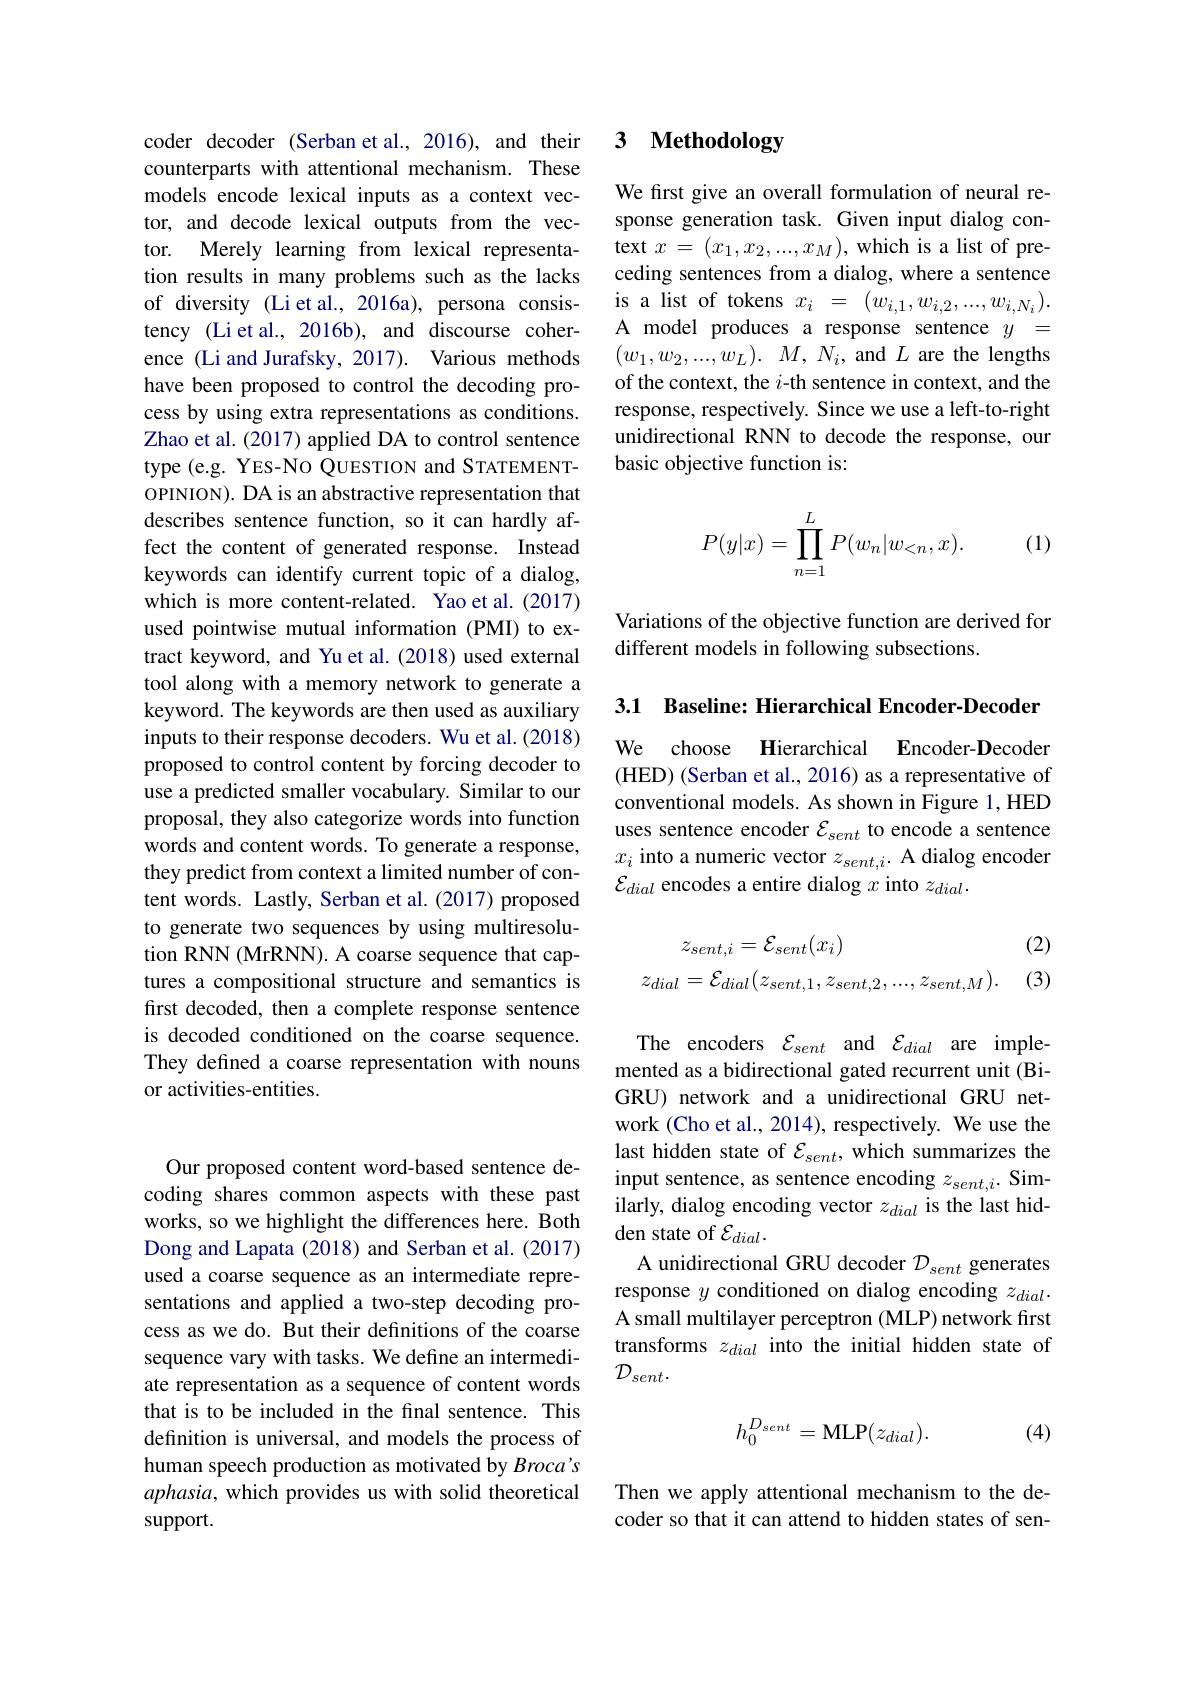
coder decoder (Serban et al., 2016), and their counterparts with attentional mechanism. These models encode lexical inputs as a context vector, and decode lexical outputs from the vector. Merely learning from lexical representation results in many problems such as the lacks of diversity (Liet al., 2016a), persona consistency (Li et al., 2016b), and discourse coherence (Li and Jurafsky, 2017). Various methods have been proposed to control the decoding process by using extra representations as conditions. Zhao et al. (2017) applied DA to control sentence type (e.g. YES-NO QUESTION and STATEMENTOPINION). DA is an abstractive representation that describes sentence function, so it can hardly affect the content of generated response. Instead keywords can identify current topic of a dialog, which is more content-related. Yao et al.(2017) used pointwise mutual information (PMI) to extract keyword, and Yu et al. (2018) used external tool along with a memory network to generate a keyword. The keywords are then used as auxiliary inputs to their response decoders. Wu et al. (2018) proposed to control content by forcing decoder to use a predicted smaller vocabulary. Similar to our proposal, they also categorize words into function words and content words. To generate a response, they predict from context a limited number of content words. Lastly, Serban et al.(2017) proposed to generate two sequences by using multiresolution RNN (MrRNN). A coarse sequence that captures a compositional structure and semantics is first decoded, then a complete response sentence is decoded conditioned on the coarse sequence. They defined a coarse representation with nouns or activities-entities.

Our proposed content word-based sentence decoding shares common aspects with these past works, so we highlight the differences here. Both Dong and Lapata (2018) and Serban et al. (2017) used a coarse sequence as an intermediate representations and applied a two-step decoding process as we do. But their definitions of the coarse sequence vary with tasks. We define an intermediate representation as a sequence of content words that is to be included in the final sentence. This definition is universal, and models the process of human speech production as motivated by Broca's aphasia, which provides us with solid theoretical support.

### 3 $\textbf{Methodology}$

We first give an overall formulation of neural response generation task. Given input dialog context $x=(x_{1},x_{2},...,x_{M})$,which is a list of preceding sentences from a dialog, where a sentence is a list of tokens $x_i~=~(\tilde{w}_{i,1},w_{i,2},...,w_{i,N_i}).$ A model produces a response sentence $y=$ $( w_1, w_2, . . . , w_L) .$ $M, N_i$, and $L$ are the lengths of the context, the $i$-th sentence in context, and the response, respectively. Since we use a left-to-right unidirectional RNN to decode the response, our basic objective function is:
$$P(y|x)=\prod\limits_{n=1}^LP(w_n|w_{<n},x).$$
(1)

Variations of the objective function are derived for
different models in following subsections.

3.1 Baseline: Hierarchical Encoder-Decoder

We choose Hierarchical Encoder-Decoder (HED) (Serban et al., 2016) as a representative of conventional models. As shown in Figure 1, HED uses sentence encoder $\mathcal E_{sent}$ to encode a sentence $x_i$ into a numeric vector $z_sent,i.$ A dialog encoder $\mathcal{E}_{dial}$ encodes a entire dialog $x$ into $z_dial.$

(2)

(3)
$$\begin{aligned}z_{sent,i}&=\mathcal{E}_{sent}(x_{i})\\z_{dial}&=\mathcal{E}_{dial}(z_{sent,1},z_{sent,2},...,z_{sent,M}).\end{aligned}$$
The encoders $\mathcal{E} _{sent}$ and $\mathcal{E} _{dial}$ are implemented as a bidirectional gated recurrent unit (BiGRU) network and a unidirectional GRU network (Cho et al., 2014), respectively. We use the last hidden state of $\mathcal{E}_{sent}$, which summarizes the input sentence, as sentence encoding $z_sent,i.$ Similarly, dialog encoding vector $z_{dial}$ is the last hidden state of $\mathcal{E}_dial.$
A unidirectional GRU decoder $\mathcal{D}_{sent}$ generates response $y$ conditioned on dialog encoding $z_dial.$ A small multilayer perceptron (MLP) network first transforms $z_{dial}$ into the initial hidden state of $\mathcal{D}_{sent}.$

(4)
$$h_0^{D_{sent}}=\mathrm{MLP}(z_{dial}).$$
Then we apply attentional mechanism to the decoder so that it can attend to hidden states of sen-